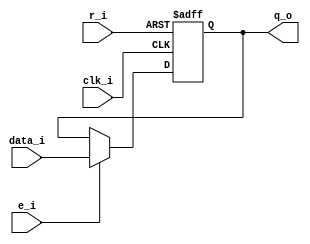
module reg_user
(
	clk_i,
	r_i,
	e_i,
	data_i,
	q_o
);

localparam N = 64;

input clk_i,r_i,e_i;
input [N-1:0]data_i;
output reg [N-1:0]q_o;

always@(posedge clk_i or posedge r_i)begin
	if(r_i) begin
		q_o <= 64'b0;
	end 
	else if (e_i) begin
		q_o <= data_i;
end
end

endmodule